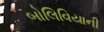
બોલિવિયાની